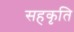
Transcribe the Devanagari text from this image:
सहकृति